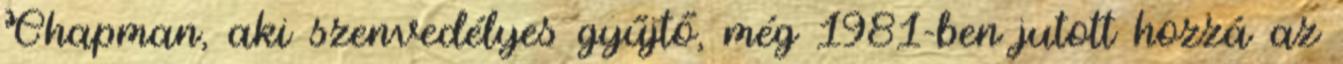
Chapman, aki szenvedélyes gyűjtő, még 1981-ben jutott hozzá az